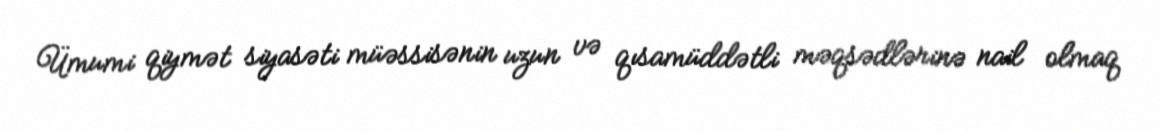
Ümumi qiymət siyasəti müəssisənin uzun və qısamüddətli məqsədlərinə nail olmaq